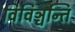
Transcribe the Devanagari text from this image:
विविञ्चन्ति